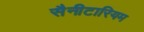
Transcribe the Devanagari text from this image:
सैनीटारियम